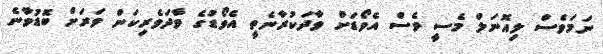
ނަމަވެސް ލިއޮނަލް މެސީ ވެސް އެވޯޑަށް ވާދަކުރާނެތީ އެވޯޑުގެ ވާދަވެރިކަން ވަރަށް ބޮޑުވާނެ